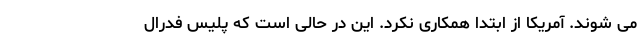
می شوند. آمریکا از ابتدا همکاری نکرد. این در حالی است که پلیس فدرال